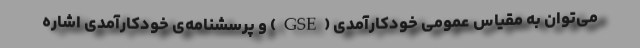
می‌توان به مقیاس عمومی خودکارآمدی (GSE) و پرسشنامه‌ی خودکارآمدی اشاره